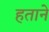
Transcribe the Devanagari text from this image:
हताने